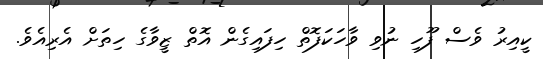
ކީއިރު ވެސް ފޫހި ނުވި ވާހަކަފޮތް ހިފައިގެން އޮތް ޒީވާގެ ހިތަށް އެރިއެވެ.